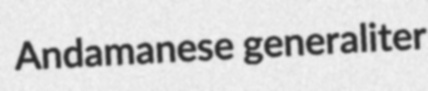
Andamanese generaliter